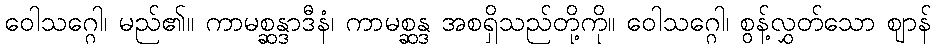
ဝေါသဂ္ဂေါ၊ မည်၏။ ကာမစ္ဆန္ဒာဒီနံ၊ ကာမစ္ဆန္ဒ အစရှိသည်တို့ကို။ ဝေါသဂ္ဂေါ၊ စွန့်လွှတ်သော ဈာန်